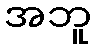
အဘူ